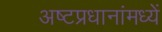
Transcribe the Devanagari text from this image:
अष्टप्रधानांमध्यें